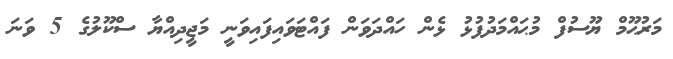
މަރުޙޫމް ޔޫސުފް މުޙައްމަދުފުޅު ޅެން ހައްދަވަން ފައްޓަވައިފައިވަނީ މަޖީދިއްޔާ ސްކޫލުގެ 5 ވަނަ